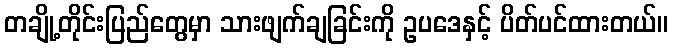
တချို့တိုင်းပြည်တွေမှာ သားဖျက်ချခြင်းကို ဥပဒေနှင့် ပိတ်ပင်ထားတယ်။